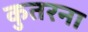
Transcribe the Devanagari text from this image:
कुतरना